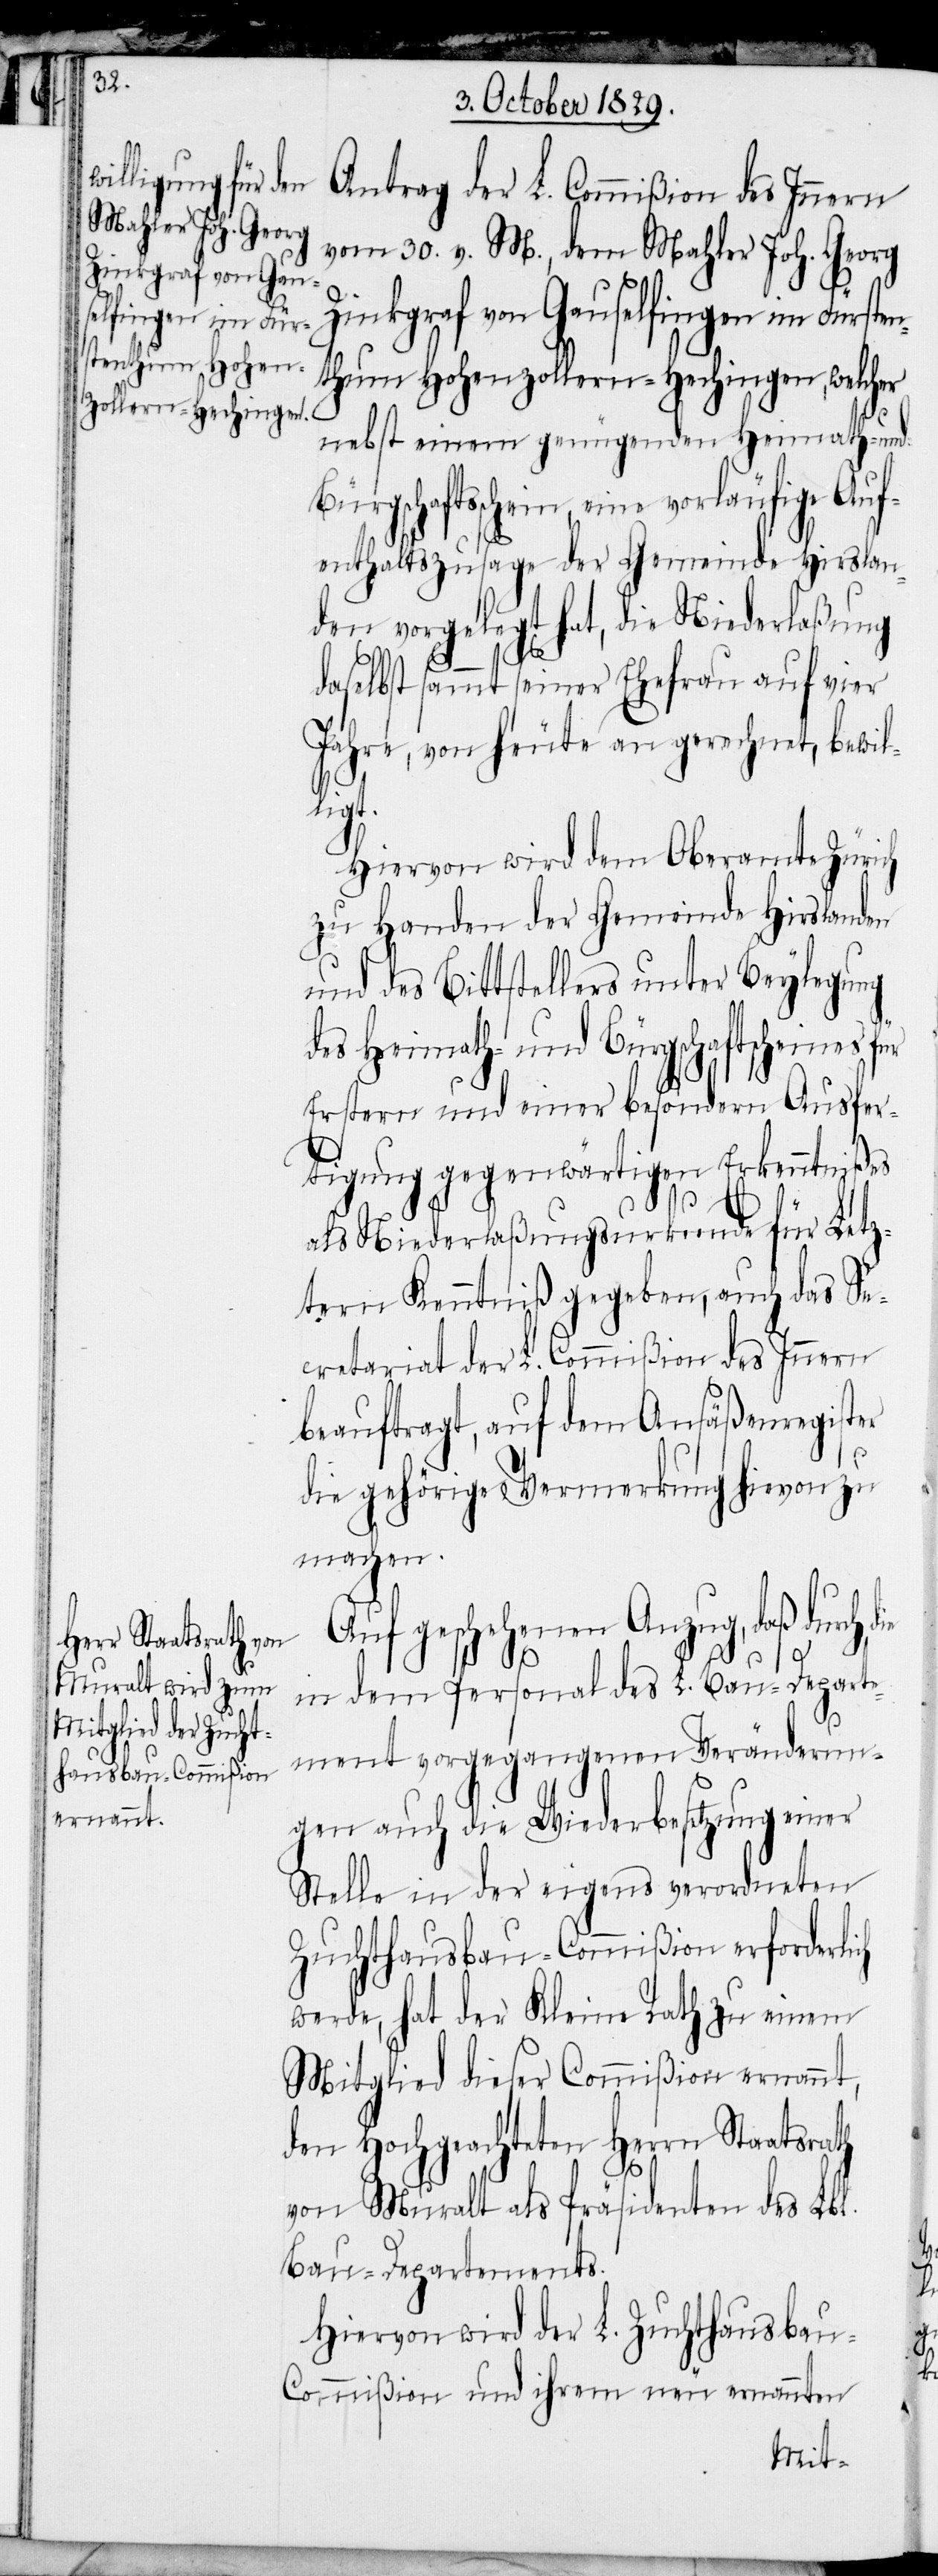
ch

Antrag der L. Commißion des Innern
vom 30. v. M., dem Mahler Joh. Georg
Zinkgraf von Gauselfingen im Fürsten¬
thum Hohenzollern-Hechingen, welcher
nebst einem genügenden Heimath- und
aftsschein, eine vorläufige Auf¬
enthaltszusage der Gemeinde Hirslan¬
den vorgelegt hat, die Niederlaßung
daselbst sammt seiner Ehefrau auf vier
Jahre, von heute an gerechnet, bewil¬
ligt.
Hiervon wird dem Oberamte Zürich
zu Handen der Gemeinde Hirslanden
und des Bittstellers unter Beylegung
des Heimath- und Bürgschaftscheines f¬
Erstern und einer besondern Ausfer¬
tigung gegenwärtigen Erkenntnißes
als Niederlaßungsurkunde für Letz¬
tern Kenntniß gegeben, auch das Se¬
cretariat der L. Commißion des Innern
beauftragt, auf dem Ansäßenregister
die gehörige Vermerkung hievon zu
machen.
Auf geschehenen Anzug, daß durch
in dem Personal des L. Bau-Departe¬
ment vorgegangenen Veränderun¬
gen auch die Wiederbesetzung einer
Stelle in der eigens verordneten
Zuchthausbau-Commißion erforderli¬
werde, hat der Kleine Rath zu einem
Mitglied dieser Commißion ernannt,
den Hochgeachteten Herrn Staatsrath
von Muralt als Präsident des Lbl.
Bau-Departements.
Hiervon wird der L. Zuchthausbau-C¬
ommißion und ihrem neu ernannten